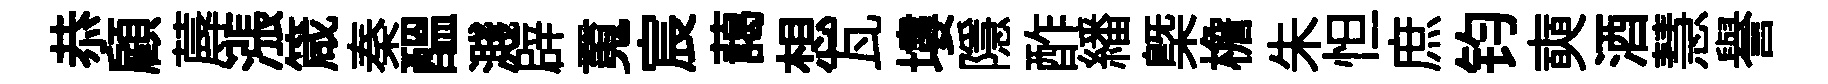
恭顧蓐漲箴秦醖濺辟䰟宸藹想瓦塿隱酢繙㮣檐朱怛庶钧奭酒慧譽